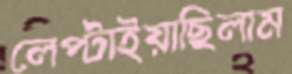
লেপ্‌টাইয়াছিলাম